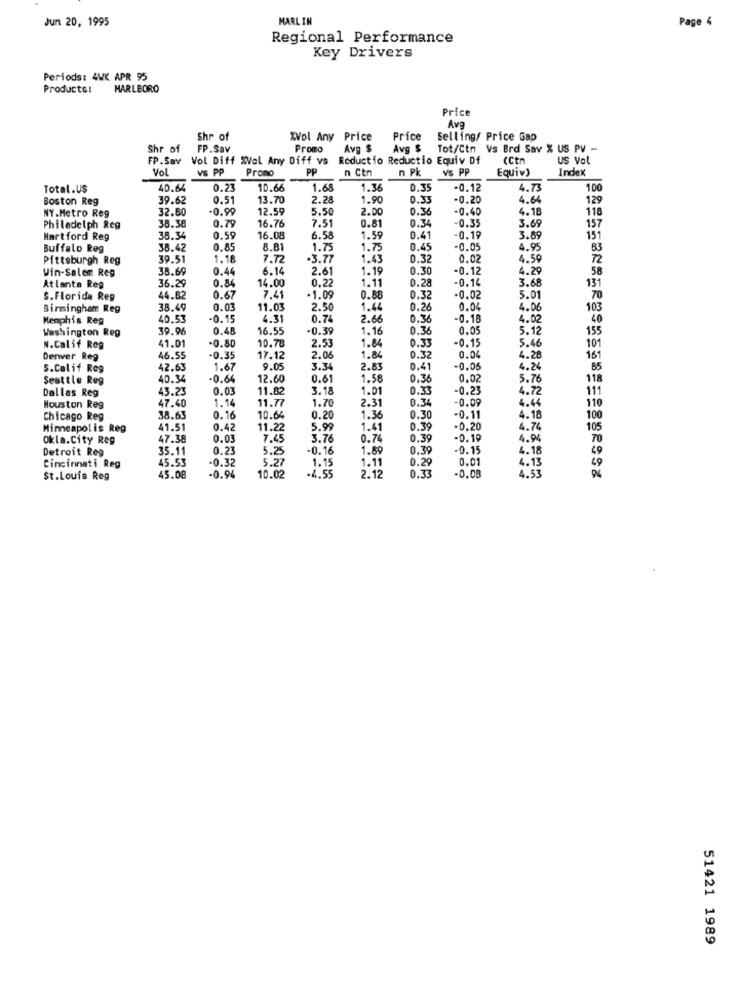
Jun 20, 1995
MARLIN
Page 4
Regional Performance
Key Drivers
Periods: 4WK APR 95
Products:
MARLBORO
Price
Ave
Shr of
XVol Any Price
Price
Selling/ Price Gap
Shr of
FP.Sav
Promo
Avg $
Avg $
Tot/Ctn Vs Brd Sav % US PV -
FP.Sav Vol Diff %Vol Any Diff vs
Reductio Reductio Equiv Df
(Ct
US Vol
Vol
VS PP
Promo
PP
n Ctn
VS PP
Equiv)
Index
n Pk
Total.U$
40.64
0.23
10.66
1.68
1.36
0.3
-0.12
4.73
100
Boston Reg
39.62
0.51
13.70
2.28
1.90
0.33
-0.20
4.64
129
NY.Metro Reg
32.80
-0.99
12.59
5.50
2.D
0.36
-0.40
4.18
118
0.79
16.76
0.81
0.34
Philadelph Reg
38.38
7.51
-0.35
3.69
157
Hartford Reg
38.34
0.59
16.08
6.58
1.59
0.4
-0.19
3.89
151
Buffalo Reg
38.42
0.85
8.81
1.75
1.75
0.4
-0.05
4.95
83
Pittsburgh Reg
39.51
1.18
7.72
.3.77
1.43
0.32
0.02
4.59
72
Win-Salem Reg
38.69
0.44
6.14
2.61
1.19
0.3
-0.12
4.29
58
0.84
0.22
0.28
-0.14
3.68
Atlanta Reg
36.2
14.00
1.11
131
S.Florida Rep
44.62
0.67
7.41
-1.09
0.8
0.32
-0.02
5.01
70
Birmingham Reg
38.49
0.03
11.03
2.50
1.44
0.26
0.04
4.06
103
Memphis Reg
40.53
-0.15
4.31
0.74
2.66
0.36
-0.18
4.02
40
39.96
0.4
16.55
-0.39
WOWNN
1.16
0.36
0.05
5.12
155
Washington Reg
10.78
0.33
-0.15
5.46
101
N.Calif Rog
41.0
-0.80
2.53
1.84
Denver Reg
46.55
-0.35
17.12
2.06
1.84
0.32
0.04
4.28
161
S.Calif Reg
42.63
1.67
9.0
3.34
2.83
0.41
-0.0
4.24
85
Seattle Reg
40.34
-0.64
12.60
0.61
1.58
0.36
0.02
5.76
118
Dallas Reg
43.23
0.03
11.82
3.18
1.01
0.33
-0.23
4.72
111
47.40
1.14
11.77
2.31
0.34
-0.09
4.44
110
Houston Reg
1.70
Chicago Reg
38.63
0.16
10.64
0.20
1.36
0.30
-0.11
4.18
100
Minneapolis Reg
$1.51
0.42
11.22
5.99
1.41
0.39
-0.20
4.74
105
Okla.City Reg
47.38
0.0
7.45
3.76
0.7
0.39
-0.19
4.94
TO
Detroit Reg
35.1
0.23
5.25
-0.16
1.89
0.39
-0.15
4.18
45.53
-0.3.
5.27
1.15
1.11
0.29
0.01
4.13
Cincinnati Reg
10.02
2.12
-0.08
4.53
St.Louis Reg
45.08
-0.94
.4.55
0.33
51421 1989